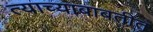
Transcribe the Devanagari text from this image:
त्याच्याबाबतीत